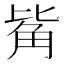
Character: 𧣅